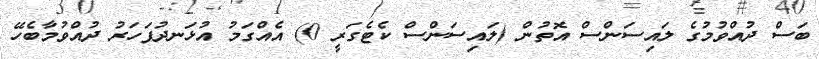
ބަސް ދުއްވުމުގެ ލައިސަންސް އޮތުން (ލައިސަންސް ކެޓެގަރީ 0) އެއްގަމު އުޅަނދުފަހަރު ދުއްވުމާބެހޭ